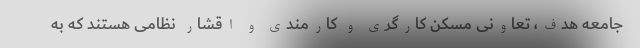
جامعه هدف، تعاونی مسکن کارگری و کارمندی و اقشار نظامی هستند که به